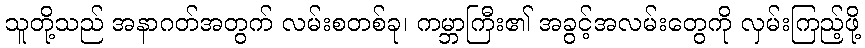
သူတို့သည် အနာဂတ်အတွက် လမ်းစတစ်ခု၊ ကမ္ဘာကြီး၏ အခွင့်အလမ်းတွေကို လှမ်းကြည့်ဖို့